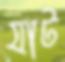
যাট